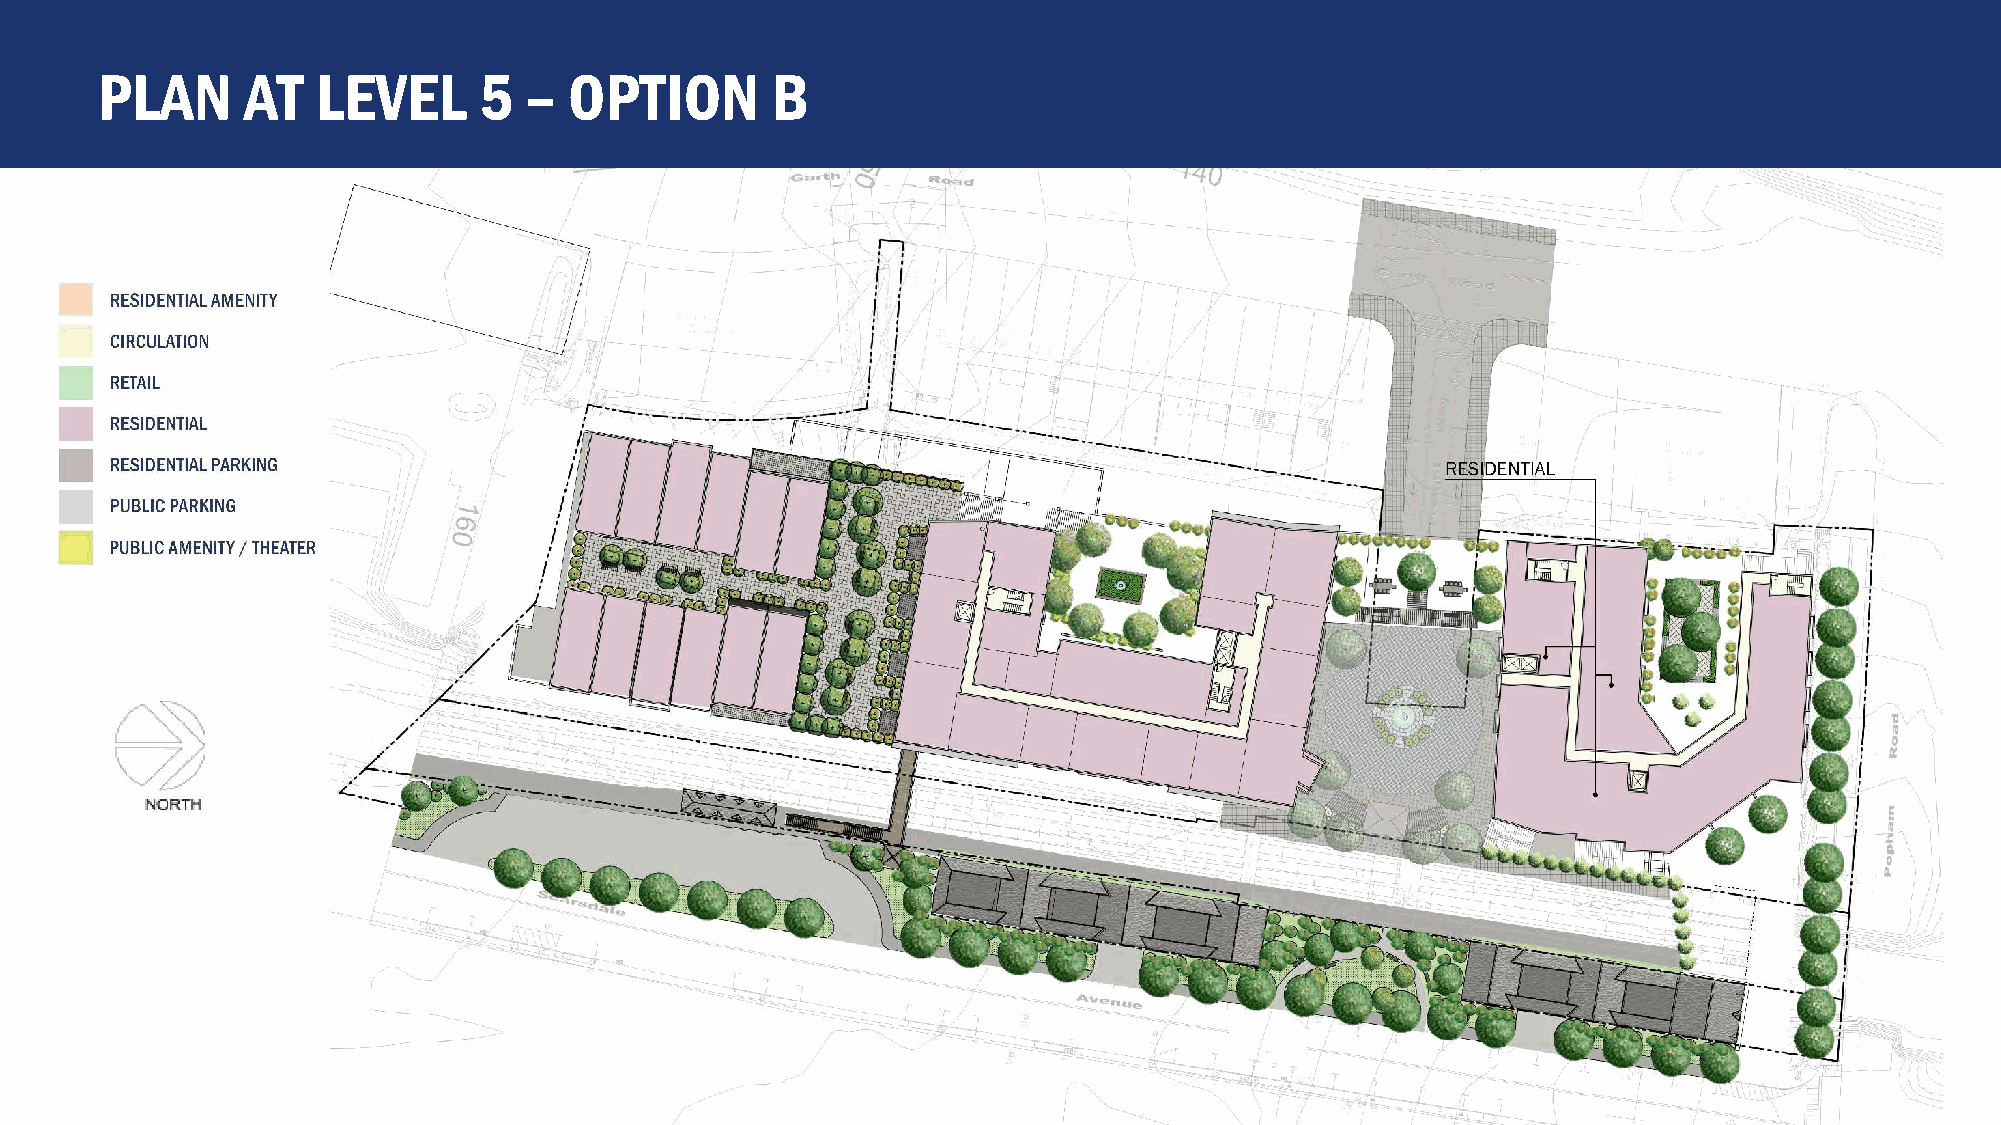
PLAN      AT   LEVEL      5  –  OPTION       B